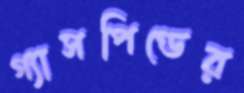
গ্যাসপিণ্ডের